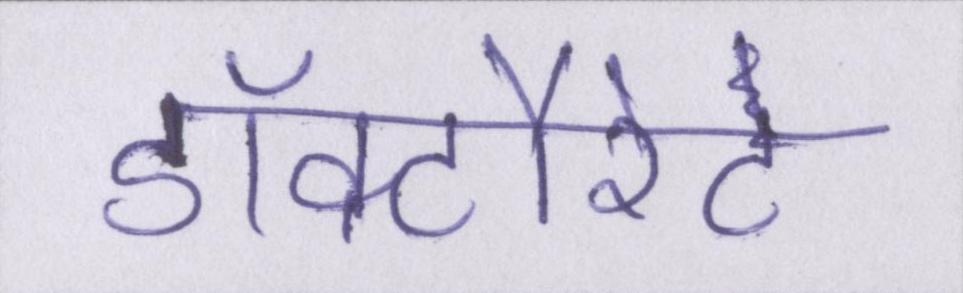
डॉक्टौरेट